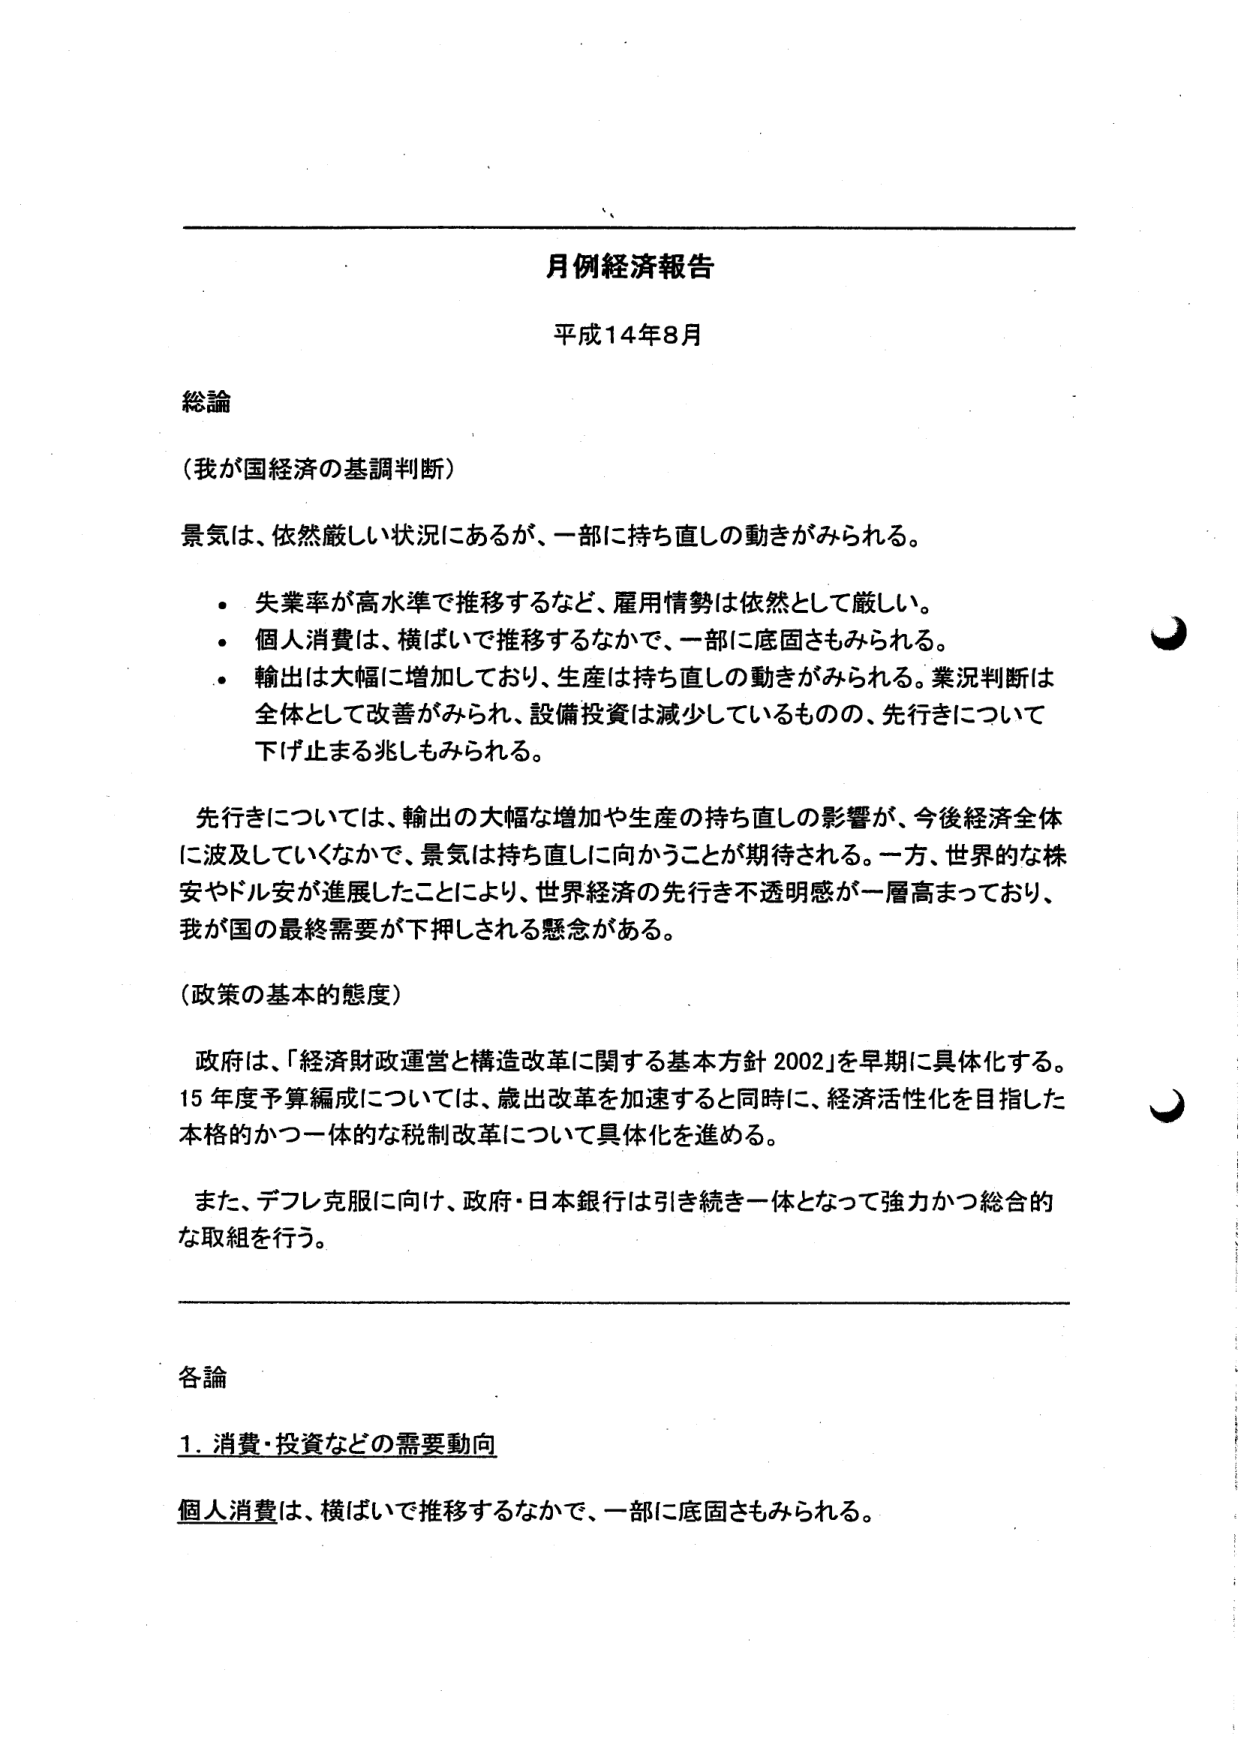
月例経済報告
平成14年8月

総論

（我が国経済の基調判断）

景気は、依然厳しい状況にあるが、一部に持ち直しの動きがみられる。

・ 失業率が高水準で推移するなど、雇用情勢は依然として厳しい。
・ 個人消費は、横ばいで推移するなかで、一部に底固さもみられる。
・ 輸出は大幅に増加しており、生産は持ち直しの動きがみられる。業況判断は全体として改善がみられ、設備投資は減少しているものの、先行きについて下げ止まる兆しもみられる。

先行きについては、輸出の大幅な増加や生産の持ち直しの影響が、今後経済全体に波及していくなかで、景気は持ち直しに向かうことが期待される。一方、世界的な株安やドル安が進展したことにより、世界経済の先行き不透明感が一層高まっており、我が国の最終需要が下押しされる懸念がある。

（政策の基本的態度）

政府は、「経済財政運営と構造改革に関する基本方針 2002」を早期に具体化する。15年度予算編成については、歳出改革を加速すると同時に、経済活性化を目指した本格的かつ一体的な税制改革について具体化を進める。

また、デフレ克服に向け、政府・日本銀行は引き続き一体となって強力かつ総合的な取組を行う。

各論

1. 消費・投資などの需要動向

個人消費は、横ばいで推移するなかで、一部に底固さもみられる。